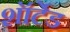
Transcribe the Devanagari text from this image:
शॉर्टेड